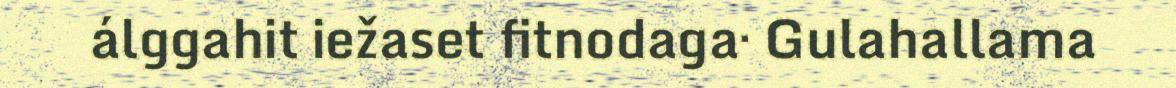
álggahit iežaset fitnodaga· Gulahallama